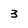
Character: 3